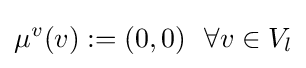
\mu ^{v}(v):=(0,0)~~\forall v\in V_{l}